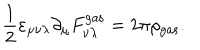
\frac 1 2 \varepsilon _ { \mu \nu \lambda } \partial _ { \mu } F _ { \nu \lambda } ^ { \mathrm { g a s } } = 2 \pi \rho _ { \mathrm { g a s } } .